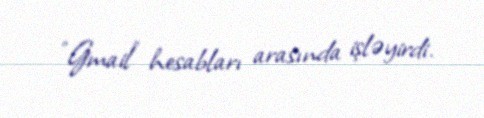
"Gmail" hesabları arasında işləyirdi.